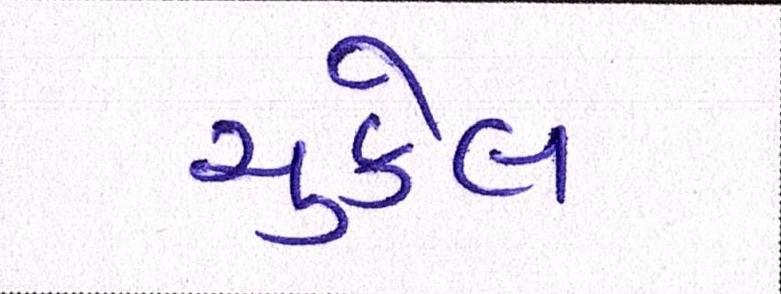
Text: ચુકેલ